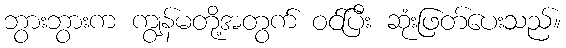
ဘွားဘွားက ကျွန်မတို့အတွက် ဝင်ပြီး ဆုံးဖြတ်ပေးသည်။